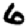
Digit: 6